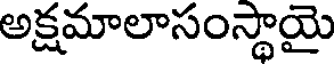
అక్షమాలాసంస్థాయై